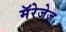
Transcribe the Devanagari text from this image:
मॅरेजेज़